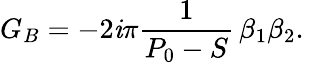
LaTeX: G_{B}=-2\mathit{i}\pi{\frac{{1}}{{P_{0}-S}}}\, \beta_{1}\beta_{2}.\,